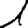
Digit: 1